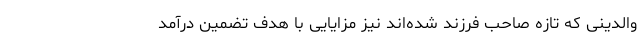
والدینی که تازه صاحب فرزند شده‌اند نیز مزایایی با هدف تضمین درآمد